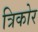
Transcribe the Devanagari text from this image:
त्रिकोर